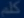
ak